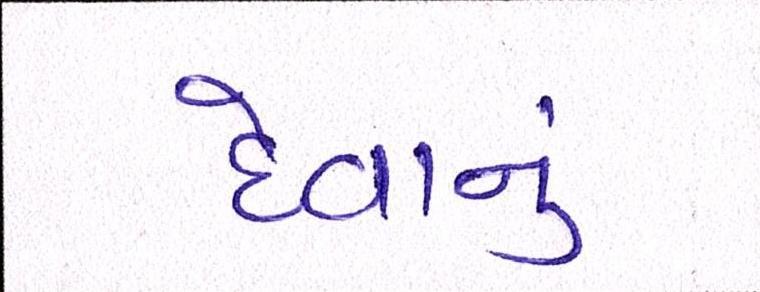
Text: દેવાનું